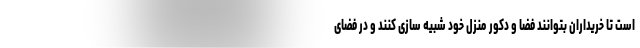
است تا خریداران بتوانند فضا و دکور منزل خود شبیه سازی کنند و در فضای